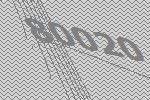
80020